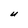
Character: U